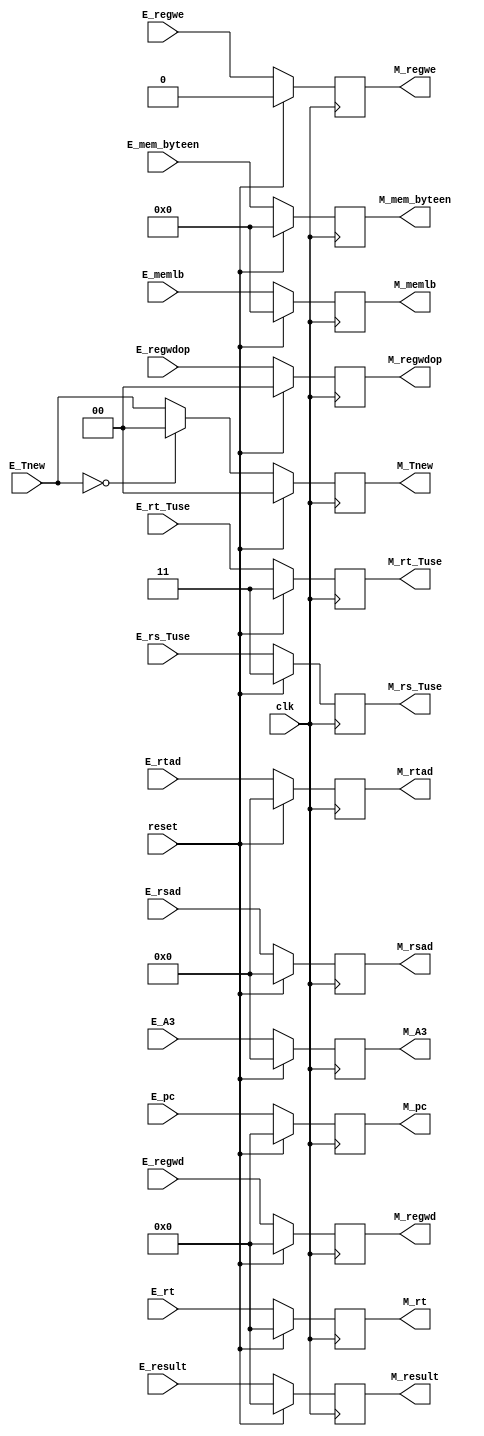
module M_reg (
    input [31:0] E_result,
    output [31:0] M_result,
    input E_regwe,
    output M_regwe,
    input [3:0] E_memlb,
    output [3:0] M_memlb, 
    input [3:0] E_mem_byteen,
    output [3:0] M_mem_byteen,
    input [4:0] E_A3,
    output [4:0] M_A3,
    input [1:0] E_regwdop,
    output [1:0] M_regwdop,
    input [31:0] E_rt,
    output [31:0] M_rt,
    input [31:0] E_pc,
    output [31:0] M_pc,
    input [1:0] E_rs_Tuse,
    output [1:0] M_rs_Tuse,
    input [1:0] E_rt_Tuse, 
    output [1:0] M_rt_Tuse,
    input [1:0] E_Tnew,
    output [1:0] M_Tnew,
    input [4:0] E_rsad,
    output [4:0] M_rsad,
    input [4:0] E_rtad,
    output [4:0] M_rtad,
    input [31:0] E_regwd,
    output [31:0] M_regwd,
    input clk,
	 input reset
);
    reg [31:0] reg_M_result ;
    reg reg_M_regwe ;
    reg [3:0] reg_M_memlb ;
    reg [3:0] reg_M_mem_byteen ;
    reg [4:0] reg_M_A3 ;
    reg [1:0] reg_M_regwdop ;
    reg [31:0] reg_M_rt ;
    reg [31:0] reg_M_pc ;
    reg [1:0] reg_M_rs_Tuse ;
    reg [1:0] reg_M_rt_Tuse ;
    reg [1:0] reg_M_Tnew ;
    reg [4:0] reg_M_rsad ;
    reg [4:0] reg_M_rtad ;
    reg [31:0] reg_M_regwd ;
    always @(posedge clk) begin
		if (reset == 1) begin
        reg_M_memlb <= 0 ;
		  reg_M_result <= 0 ;
        reg_M_regwe <= 0 ;
        reg_M_mem_byteen <= 0 ;
        reg_M_A3 <= 0 ;
        reg_M_regwdop <= 0 ;
        reg_M_rt <= 0 ;
        reg_M_pc <= 0 ;
        reg_M_rs_Tuse <= 3 ;
        reg_M_rt_Tuse <= 3 ;
        reg_M_Tnew <= 0 ;
        reg_M_rsad <= 0 ;
        reg_M_rtad <= 0 ;
        reg_M_regwd <= 0 ;
		end
		else begin
        reg_M_memlb <= E_memlb ;
        reg_M_result <= E_result ;
        reg_M_regwe <= E_regwe ;
        reg_M_mem_byteen <= E_mem_byteen ;
        reg_M_A3 <= E_A3 ;
        reg_M_regwdop <= E_regwdop ;
        reg_M_rt <= E_rt ;
        reg_M_pc <= E_pc ;
        reg_M_rs_Tuse <= E_rs_Tuse ;
        reg_M_rt_Tuse <= E_rt_Tuse ;
        if (E_Tnew == 0) reg_M_Tnew <= 0 ;
        else reg_M_Tnew <= E_Tnew ;
        reg_M_rsad <= E_rsad ;
        reg_M_rtad <= E_rtad ;
        reg_M_regwd <= E_regwd ;
		  end
    end
    assign M_memlb = reg_M_memlb ;
    assign M_result = reg_M_result ;
    assign M_regwe = reg_M_regwe ;
    assign M_mem_byteen = reg_M_mem_byteen ;
    assign M_A3 = reg_M_A3 ;
    assign M_regwdop = reg_M_regwdop ;
    assign M_rt = reg_M_rt ;
    assign M_pc = reg_M_pc ;
    assign M_rs_Tuse = reg_M_rs_Tuse ;
    assign M_rt_Tuse = reg_M_rt_Tuse ;
    assign M_Tnew = reg_M_Tnew ;
    assign M_rsad = reg_M_rsad ;
    assign M_rtad = reg_M_rtad ;
    assign M_regwd = reg_M_regwd ;  
endmodule 
//     [3:0] E_ALUop,
//     [31:0] E_imm32,
//     E_ALUrt_or_immop,
//     [31:0] E_rs,
//     [31:0] E_pc,